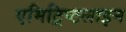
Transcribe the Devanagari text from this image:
एमिट्रिप्टलाइन